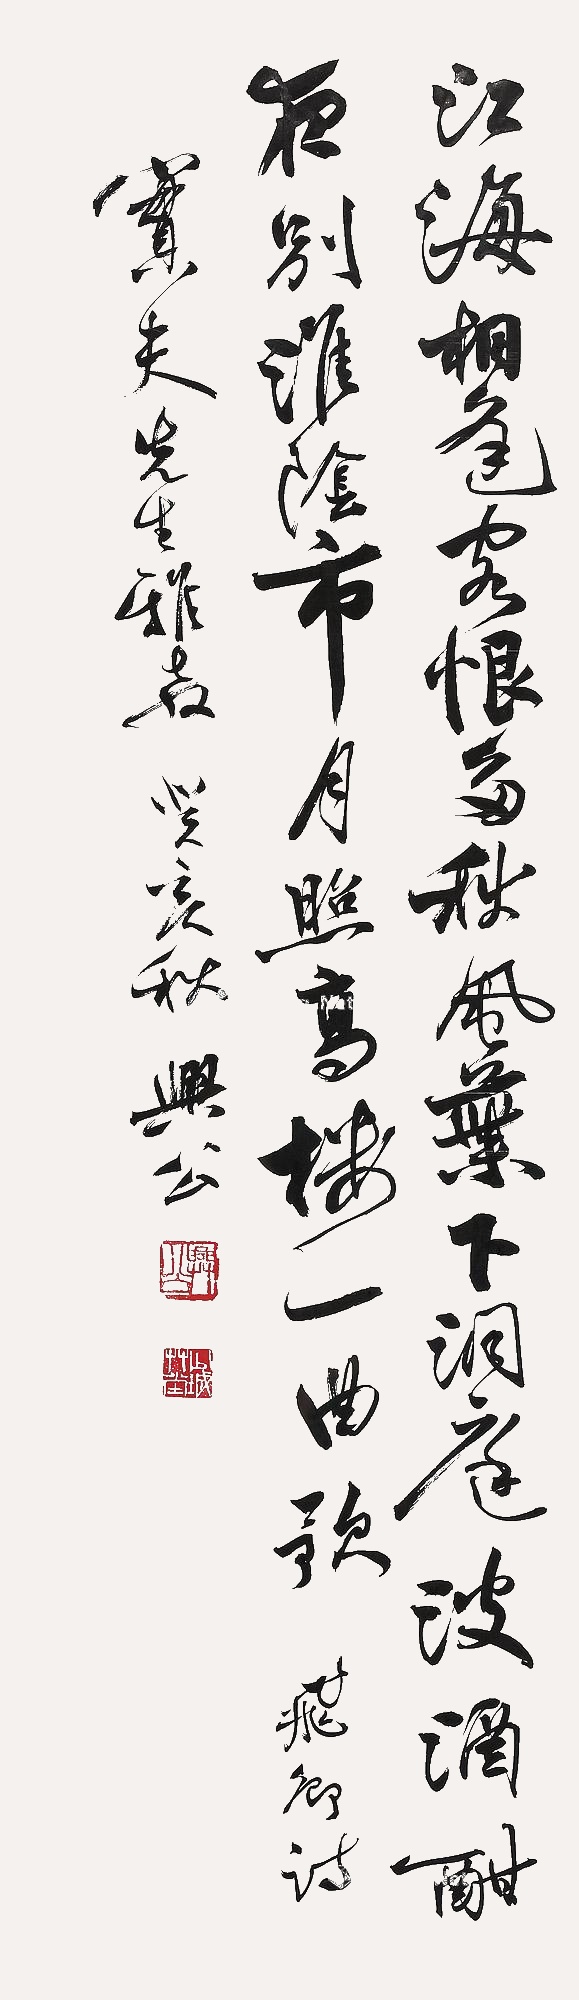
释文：江海相逢客恨多，秋风叶下洞庭波。酒酣夜别淮阴市，月照高楼一曲歌。飞卿诗，实夫先生雅教，癸亥秋，兴公。